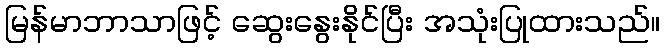
မြန်မာဘာသာဖြင့် ဆွေးနွေးနိုင်ပြီး အသုံးပြုထားသည်။